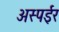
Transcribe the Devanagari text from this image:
अस्पईर